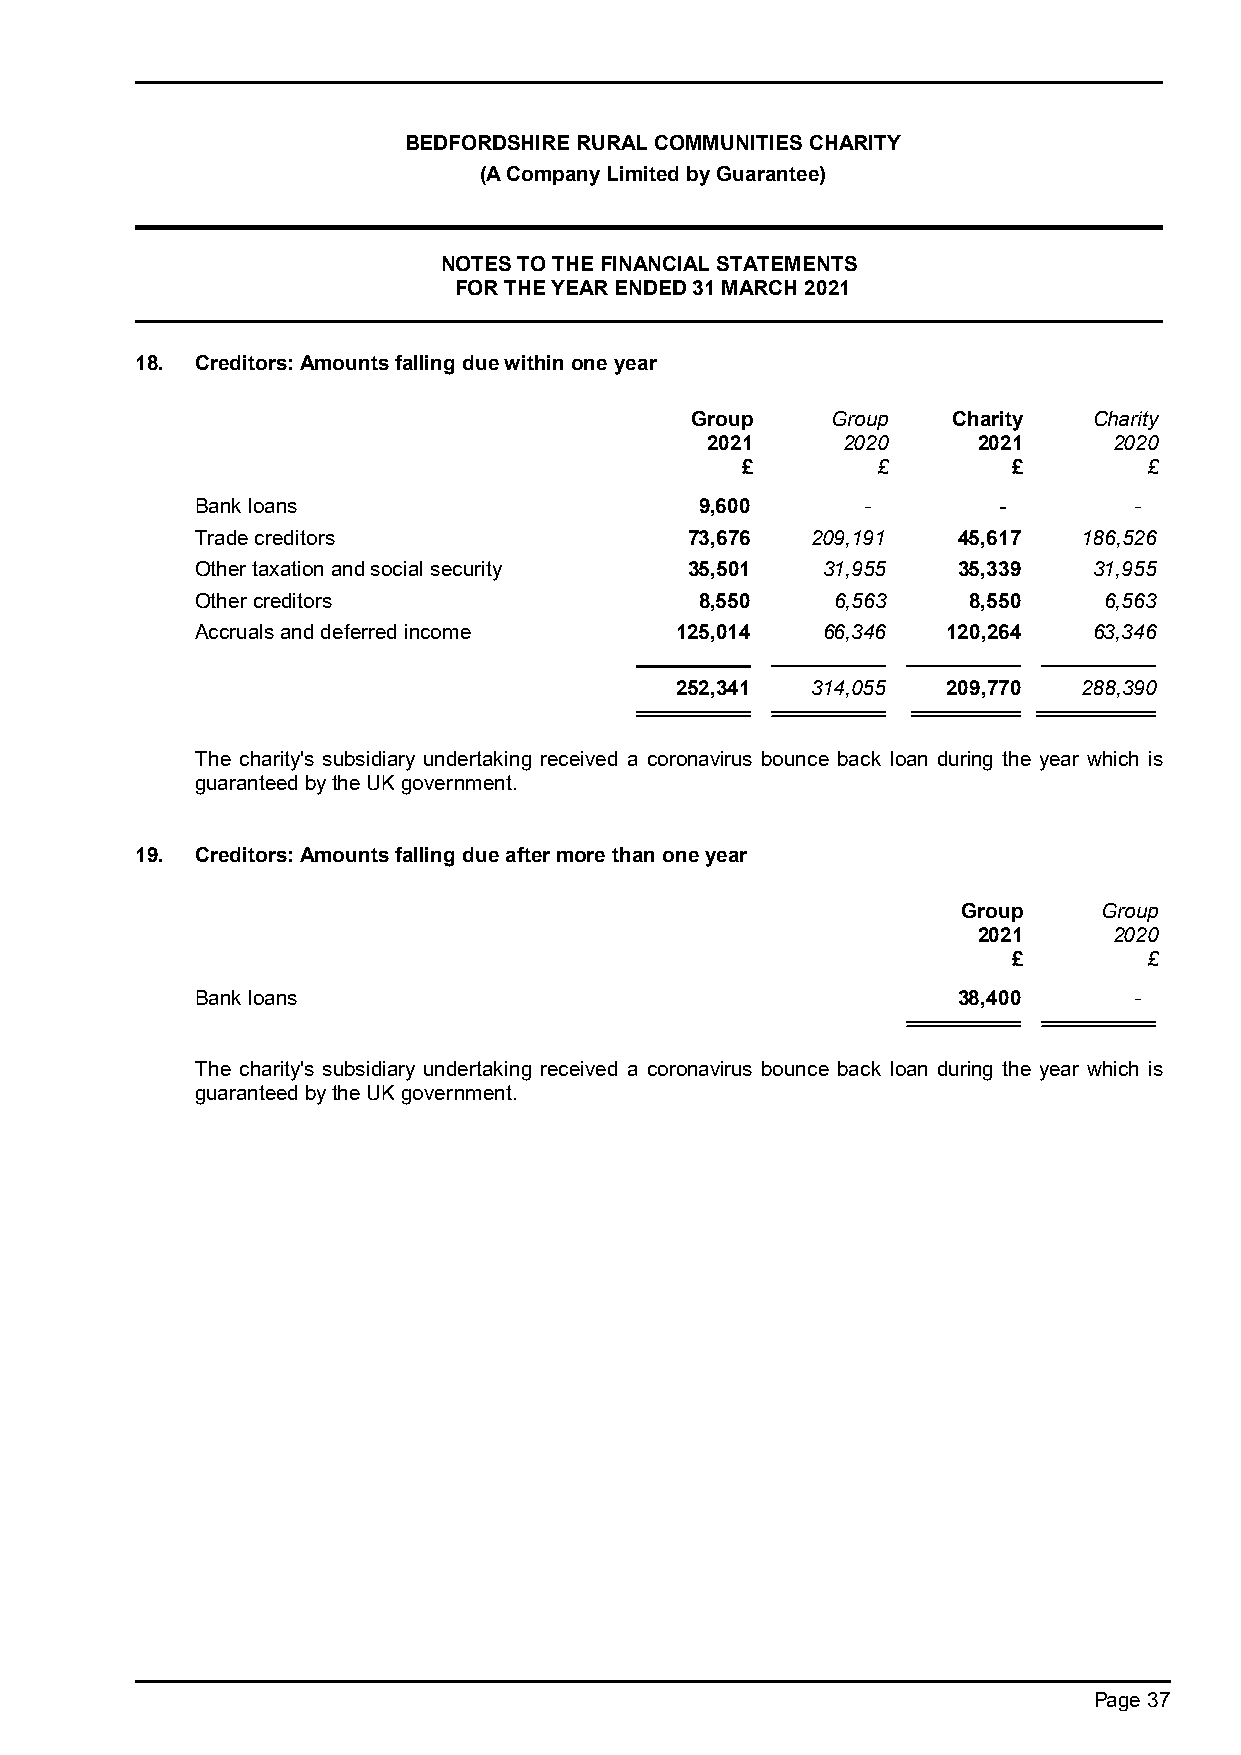
BEDFORDSHIRE RURAL COMMUNITIES CHARITY
 (A Company Limited by Guarantee)
 NOTES TO THE FINANCIAL STATEMENTS
 FOR THE YEAR ENDED 31 MARCH 2021
 18. Creditors: Amounts falling due within one year
 Group    Group   Charity  Charity
 2021     2020     2021     2020
 £        £        £        £
 Bank loans                       9,600      -        -        -
 Trade creditors                  73,676  209,191  45,617   186,526
 Other taxation and social security 35,501 31,955  35,339   31,955
 Other creditors                  8,550    6,563    8,550    6,563
 Accruals and deferred income    125,014  66,346   120,264  63,346
 252,341  314,055  209,770  288,390
 The charity's subsidiary undertaking received a coronavirus bounce back loan during the year which is
 guaranteed by the UK government.
 19. Creditors: Amounts falling due after more than one year
 Group    Group
 2021     2020
 £        £
 Bank loans                                        38,400      -
 The charity's subsidiary undertaking received a coronavirus bounce back loan during the year which is
 guaranteed by the UK government.
 Page 37